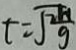
t = \sqrt { \frac { 2 h } { g } }